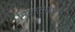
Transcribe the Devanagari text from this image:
मिळाल्यानेही